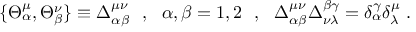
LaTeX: \{ \Theta _ { \alpha } ^ { \mu } , \Theta _ { \beta } ^ { \nu } \} \equiv \Delta _ { \alpha \beta } ^ { \mu \nu } ~ ~ , ~ ~ \alpha , \beta = 1 , 2 ~ ~ , ~ ~ \Delta _ { \alpha \beta } ^ { \mu \nu } \Delta _ { \nu \lambda } ^ { \beta \gamma } = \delta _ { \alpha } ^ { \gamma } \delta _ { \lambda } ^ { \mu } ~ .